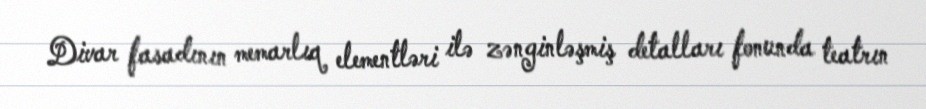
Divar fasadının memarlıq elementləri ilə zənginləşmiş detalları fonunda teatrın